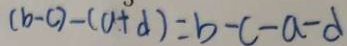
( b - c ) - ( a + d ) = b - c - a - d